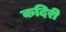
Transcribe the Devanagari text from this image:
कदिरी